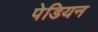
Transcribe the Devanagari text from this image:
पेडियन